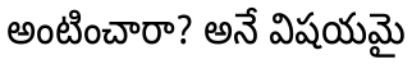
అంటించారా? అనే విషయమై